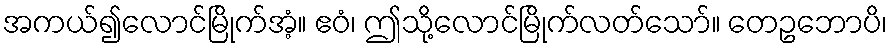
အကယ်၍လောင်မြိုက်အံ့။ ဧဝံ၊ ဤသို့လောင်မြိုက်လတ်သော်။ တေဥဘောပိ၊